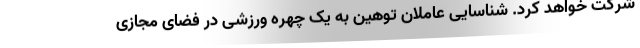
شرکت خواهد کرد. شناسایی عاملان توهین به یک چهره ورزشی در فضای مجازی